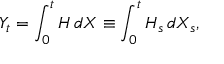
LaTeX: Y _ { t } = \int _ { 0 } ^ { t } H \, d X \equiv \int _ { 0 } ^ { t } H _ { s } \, d X _ { s } ,